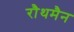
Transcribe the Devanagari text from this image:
रौथमैन